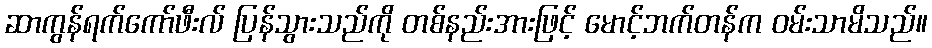
ဆာကွန်ရက်ကော်ဖီးလ် ပြန်သွားသည်ကို တစ်နည်းအားဖြင့် မောင့်ဘက်တန်က ဝမ်းသာမိသည်။